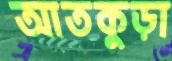
আতকুড়া